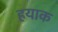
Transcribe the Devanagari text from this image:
हयाक